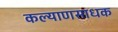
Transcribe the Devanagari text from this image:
कल्याणसाधक